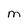
Character: M